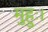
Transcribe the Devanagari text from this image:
मुहुः।